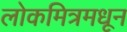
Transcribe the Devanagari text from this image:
लोकमित्रमधून